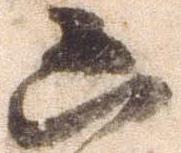
凶